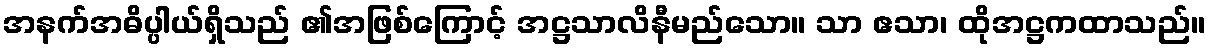
အနက်အဓိပ္ပါယ်ရှိသည် ၏အဖြစ်ကြောင့် အဋ္ဌသာလိနီမည်သော။ သာ ဧသာ၊ ထိုအဋ္ဌကထာသည်။